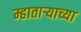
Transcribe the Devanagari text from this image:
म्हाताऱ्याच्या